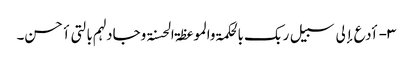
۳- أدع إلی سبیل ربک بالحکمۃ والموعظۃ الحسنۃ وجادلہم بالتی أحسن۔